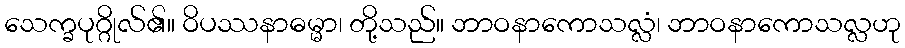
သေက္ခပုဂ္ဂိုလ်၏။ ဝိပဿနာဓမ္မာ၊ တို့သည်။ ဘာဝနာကောသလ္လံ၊ ဘာဝနာကောသလ္လဟု